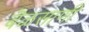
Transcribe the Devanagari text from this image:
बॆळसाणी